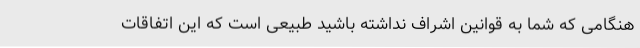
هنگامی که شما به قوانین اشراف نداشته باشید طبیعی است که این اتفاقات